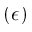
( \epsilon )